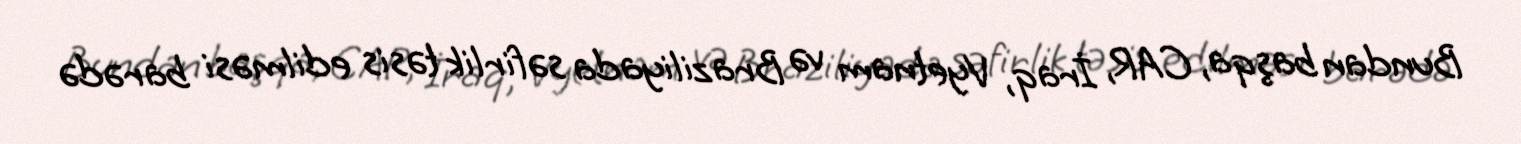
Bundan başqa, CAR, İraq, Vyetnam və Braziliyada səfirlik təsis edilməsi barədə